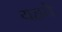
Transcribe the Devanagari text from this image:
यहवे